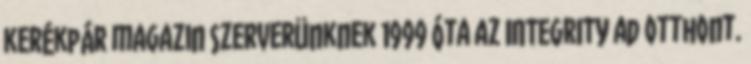
kerékpár magazin Szerverünknek 1999 óta az INTEGRITY ad otthont.